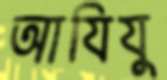
আযিযু